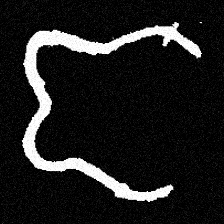
Pyu character \u2014 Myanmar letter: ဇ (romanized: ja)